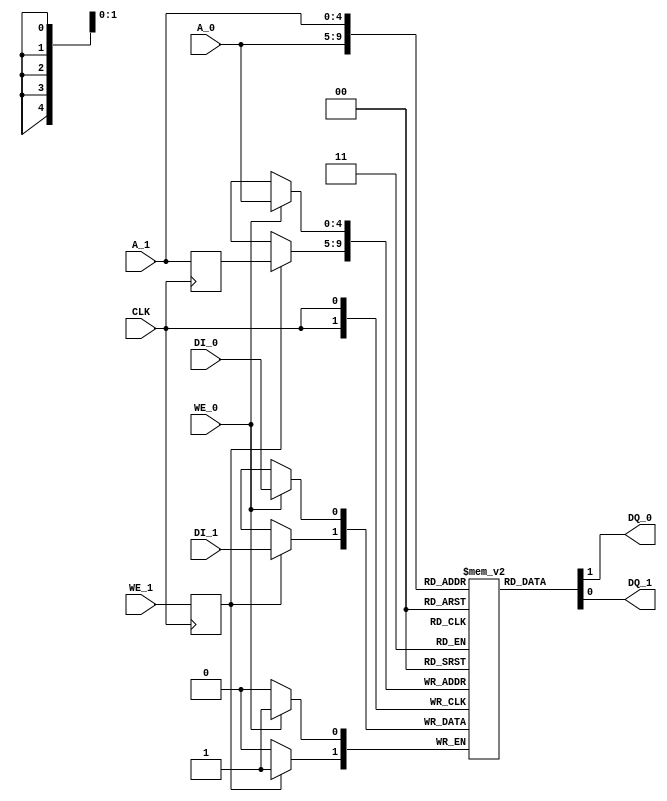
`timescale 1 ns / 1 ps

module image_memory(
	CLK,
	A_0, DI_0, DQ_0, WE_0,
	A_1, DI_1, DQ_1, WE_1);
	
parameter A_W = 5;
parameter D_W = 1;
	
	input CLK;
	
	// input-output area //
	
	input [A_W-1:0] A_0;
	input [D_W-1:0] DI_0;
	input WE_0;
	output [D_W-1:0] DQ_0;
	
	// exchange area //
	
	input [A_W-1:0] A_1;
	input [D_W-1:0] DI_1;
	input WE_1;
	output [D_W-1:0] DQ_1;

	reg MEM [31:0];
	reg [A_W-1:0] addr;
	
	reg [A_W-1:0] addr_0;
	reg rwe_1;


	integer i;
initial begin
	for( i = 0; i < 32; i = i + 1)
	MEM[0] = 1'b0;
	MEM[1] = 1'b0;
	MEM[2] = 1'b0;
	MEM[3] = 1'b0;
	MEM[4] = 1'b1;
	MEM[5] = 1'b1;
	MEM[6] = 1'b1;
	MEM[7] = 1'b1;
	MEM[8] = 1'b1;
	MEM[9] = 1'b0;
	MEM[10] = 1'b1;
	MEM[11] = 1'b0;
	MEM[12] = 1'b1;
	MEM[13] = 1'b1;
	MEM[14] = 1'b1;
	MEM[15] = 1'b1;
	MEM[16] = 1'b1;
	MEM[17] = 1'b0;
	MEM[18] = 1'b1;
	MEM[19] = 1'b0;
	MEM[20] = 1'b1;
	MEM[21] = 1'b0;
	MEM[22] = 1'b1;
	MEM[23] = 1'b0;
	MEM[24] = 1'b1;
	MEM[25] = 1'b0;
	MEM[26] = 1'b1;
	MEM[27] = 1'b0;
	MEM[28] = 1'b1;
	MEM[29] = 1'b0;
	MEM[30] = 1'b1;
	MEM[31] = 1'b0;
end
	
always @(posedge CLK) begin
	addr <= A_1;
	//addr_0 <= A_0;
	rwe_1 <= WE_1;
	if(WE_0) MEM[A_0] <= DI_0;
	if(rwe_1) MEM[addr] <= DI_1;
	end
	
	
	assign DQ_0 = MEM[A_0];
	assign DQ_1 = MEM[A_1];
		
		
	
endmodule